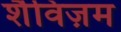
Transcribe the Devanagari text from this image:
शैविज़म